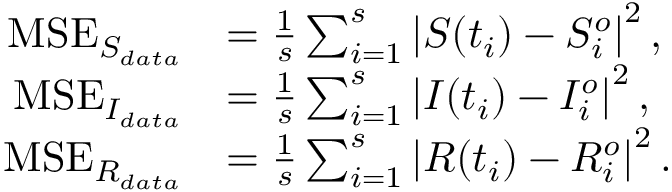
\begin{array} { r l } { \mathrm { M S E } _ { S _ { d a t a } } } & { = \frac { 1 } { s } \sum _ { i = 1 } ^ { s } \left| S ( t _ { i } ) - S _ { i } ^ { o } \right| ^ { 2 } , } \\ { \mathrm { M S E } _ { I _ { d a t a } } } & { = \frac { 1 } { s } \sum _ { i = 1 } ^ { s } \left| I ( t _ { i } ) - I _ { i } ^ { o } \right| ^ { 2 } , } \\ { \mathrm { M S E } _ { R _ { d a t a } } } & { = \frac { 1 } { s } \sum _ { i = 1 } ^ { s } \left| R ( t _ { i } ) - R _ { i } ^ { o } \right| ^ { 2 } . } \end{array}